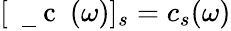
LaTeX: [\mathrm{~\mathbf~\underline{~}{~c~}~}(\omega)]_{s}=c_{s}(\omega)